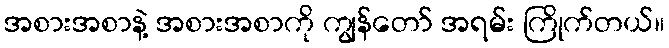
အစားအစာနဲ့ အစားအစာကို ကျွန်တော် အရမ်း ကြိုက်တယ်။